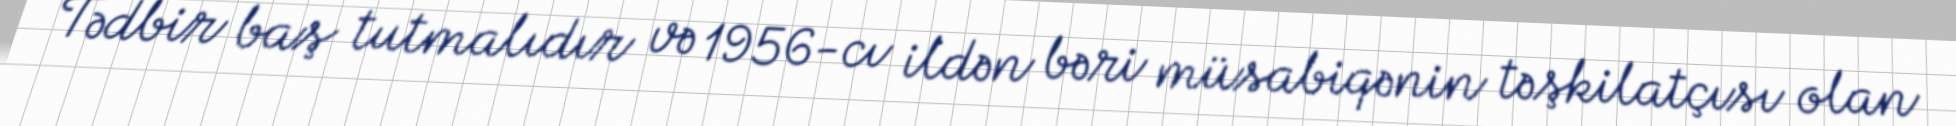
Tədbir baş tutmalıdır və 1956-cı ildən bəri müsabiqənin təşkilatçısı olan